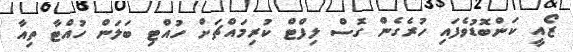
ޒޯއީ ކަންބޮޑުވެފައި ހުރެގެން ގޮސް ލިފްޓް ކުރިމައްޗަށް ހުއްޓި ބަލަން ހުއްޓާ ތިއާ